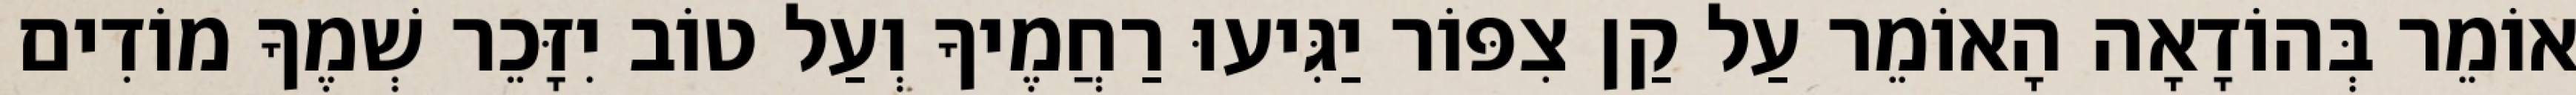
אוֹמֵר בְּהוֹדָאָה הָאוֹמֵר עַל קַן צִפּוֹר יַגִּיעוּ רַחֲמֶיךָ וְעַל טוֹב יִזָּכֵר שְׁמֶךָ מוֹדִים